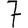
Digit: 7